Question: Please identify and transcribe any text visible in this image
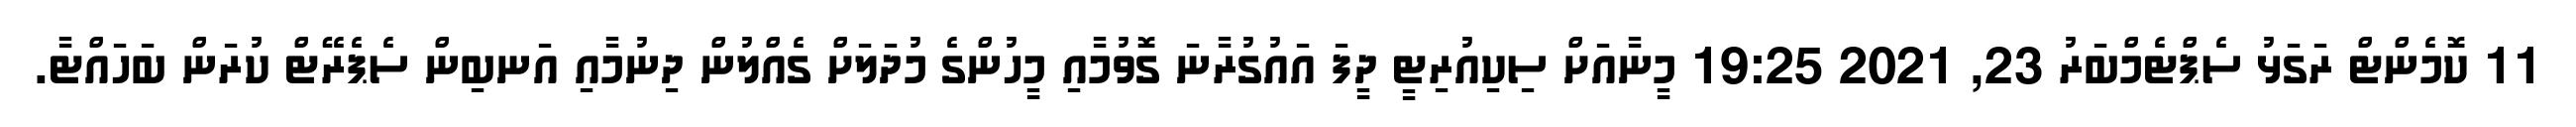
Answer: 11 ކޮމެންޓް ރަގަޅު ސެޕްޓެމްބަރު 23, 2021 19:25 މީނާއަށް ސިކިއުރިޓީ ދީފަ އައުގުރާނަ ގޮވުމާއި މީހުންގެ މުދަލަށް ގެއްލުން ދިނުމާއި އަނބިން ސެޕެރޭޓް ކުރަން ބަހައްޓާ.